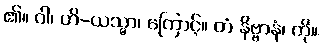
၏။ ဝါ၊ ဟိ-ယသ္မာ၊ ကြောင့်။ တံ နိဗ္ဗာနံ၊ ကို။